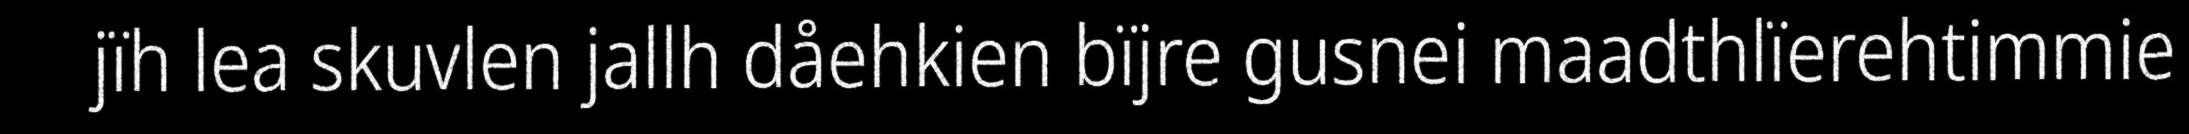
jïh lea skuvlen jallh dåehkien bïjre gusnei maadthlïerehtimmie